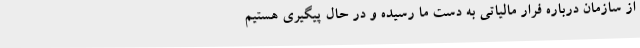
از سازمان درباره فرار مالیاتی به دست ما رسیده و در حال پیگیری هستیم